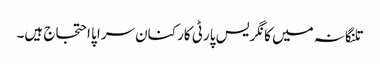
تلنگانہ میں کانگریس پارٹی کارکنان سراپا احتجاج ہیں۔